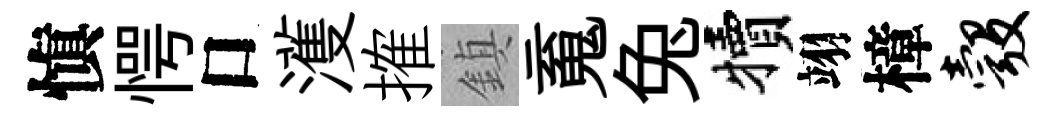
愼愕口濩搉鎮䰟兔犢翊樟彀